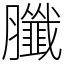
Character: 䑎